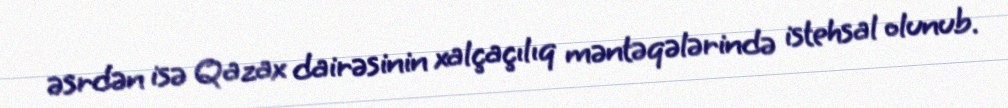
əsrdən isə Qazax dairəsinin xalçaçılıq məntəqələrində istehsal olunub.